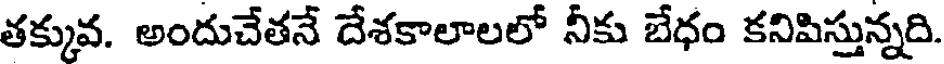
తక్కువ. అందుచేతనే దేశకాలాలలో నీకు బేధం కనిపిస్తున్నది.